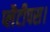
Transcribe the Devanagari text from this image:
प्लैटीपस।